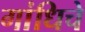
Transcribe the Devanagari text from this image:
गांधिचे